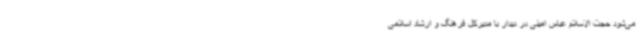
می‌شود حجت الاسلام عباس امینی در دیدار با مدیرکل فرهنگ و ارشاد اسلامی